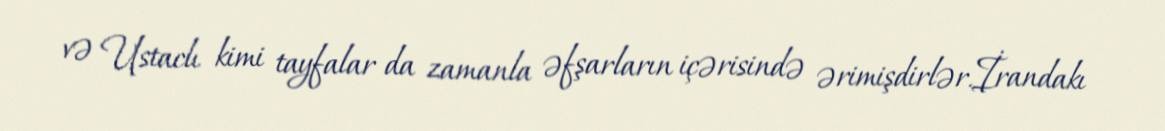
və Ustaclı kimi tayfalar da zamanla əfşarların içərisində ərimişdirlər.İrandakı